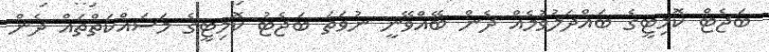
ބަޖެޓް ކޮމިޓީގެ ބައްދަލުވުމެއް ދެން ބޭއްވޭނީ ނުވަތަ ބަޖެޓު ކޮމިޓީގެ މަސައްކަތްތައް ދެން